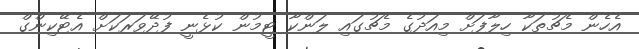
އެހެން މެޗުތަކާ ހިލާފަށް މިއަދުގެ މެޗުގައި ލަންކާ ޓީމުން ކުޅެނީ ފުދޭވަރަކަށް އެޓޭކިންގް